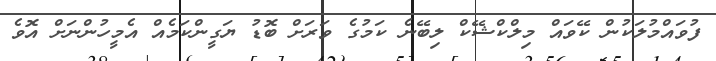
ފުވައްމުލަކުން ކޭވައް މިލްކްޝޭކް ލިބޭނެ ކަމުގެ ވަރަށް ބޮޑު ޔަގީންކަމެއް އެމީހުންނަށް އޮވެ